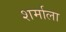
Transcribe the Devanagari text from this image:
शर्माला